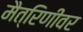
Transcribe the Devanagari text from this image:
मैत्रिणीवर